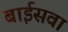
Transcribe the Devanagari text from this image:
बाईसवा